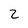
Character: 2